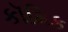
કૉમિક